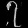
Digit: ၇